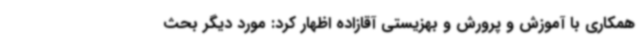
همکاری با آموزش و پرورش و بهزیستی آقازاده اظهار کرد: مورد دیگر بحث